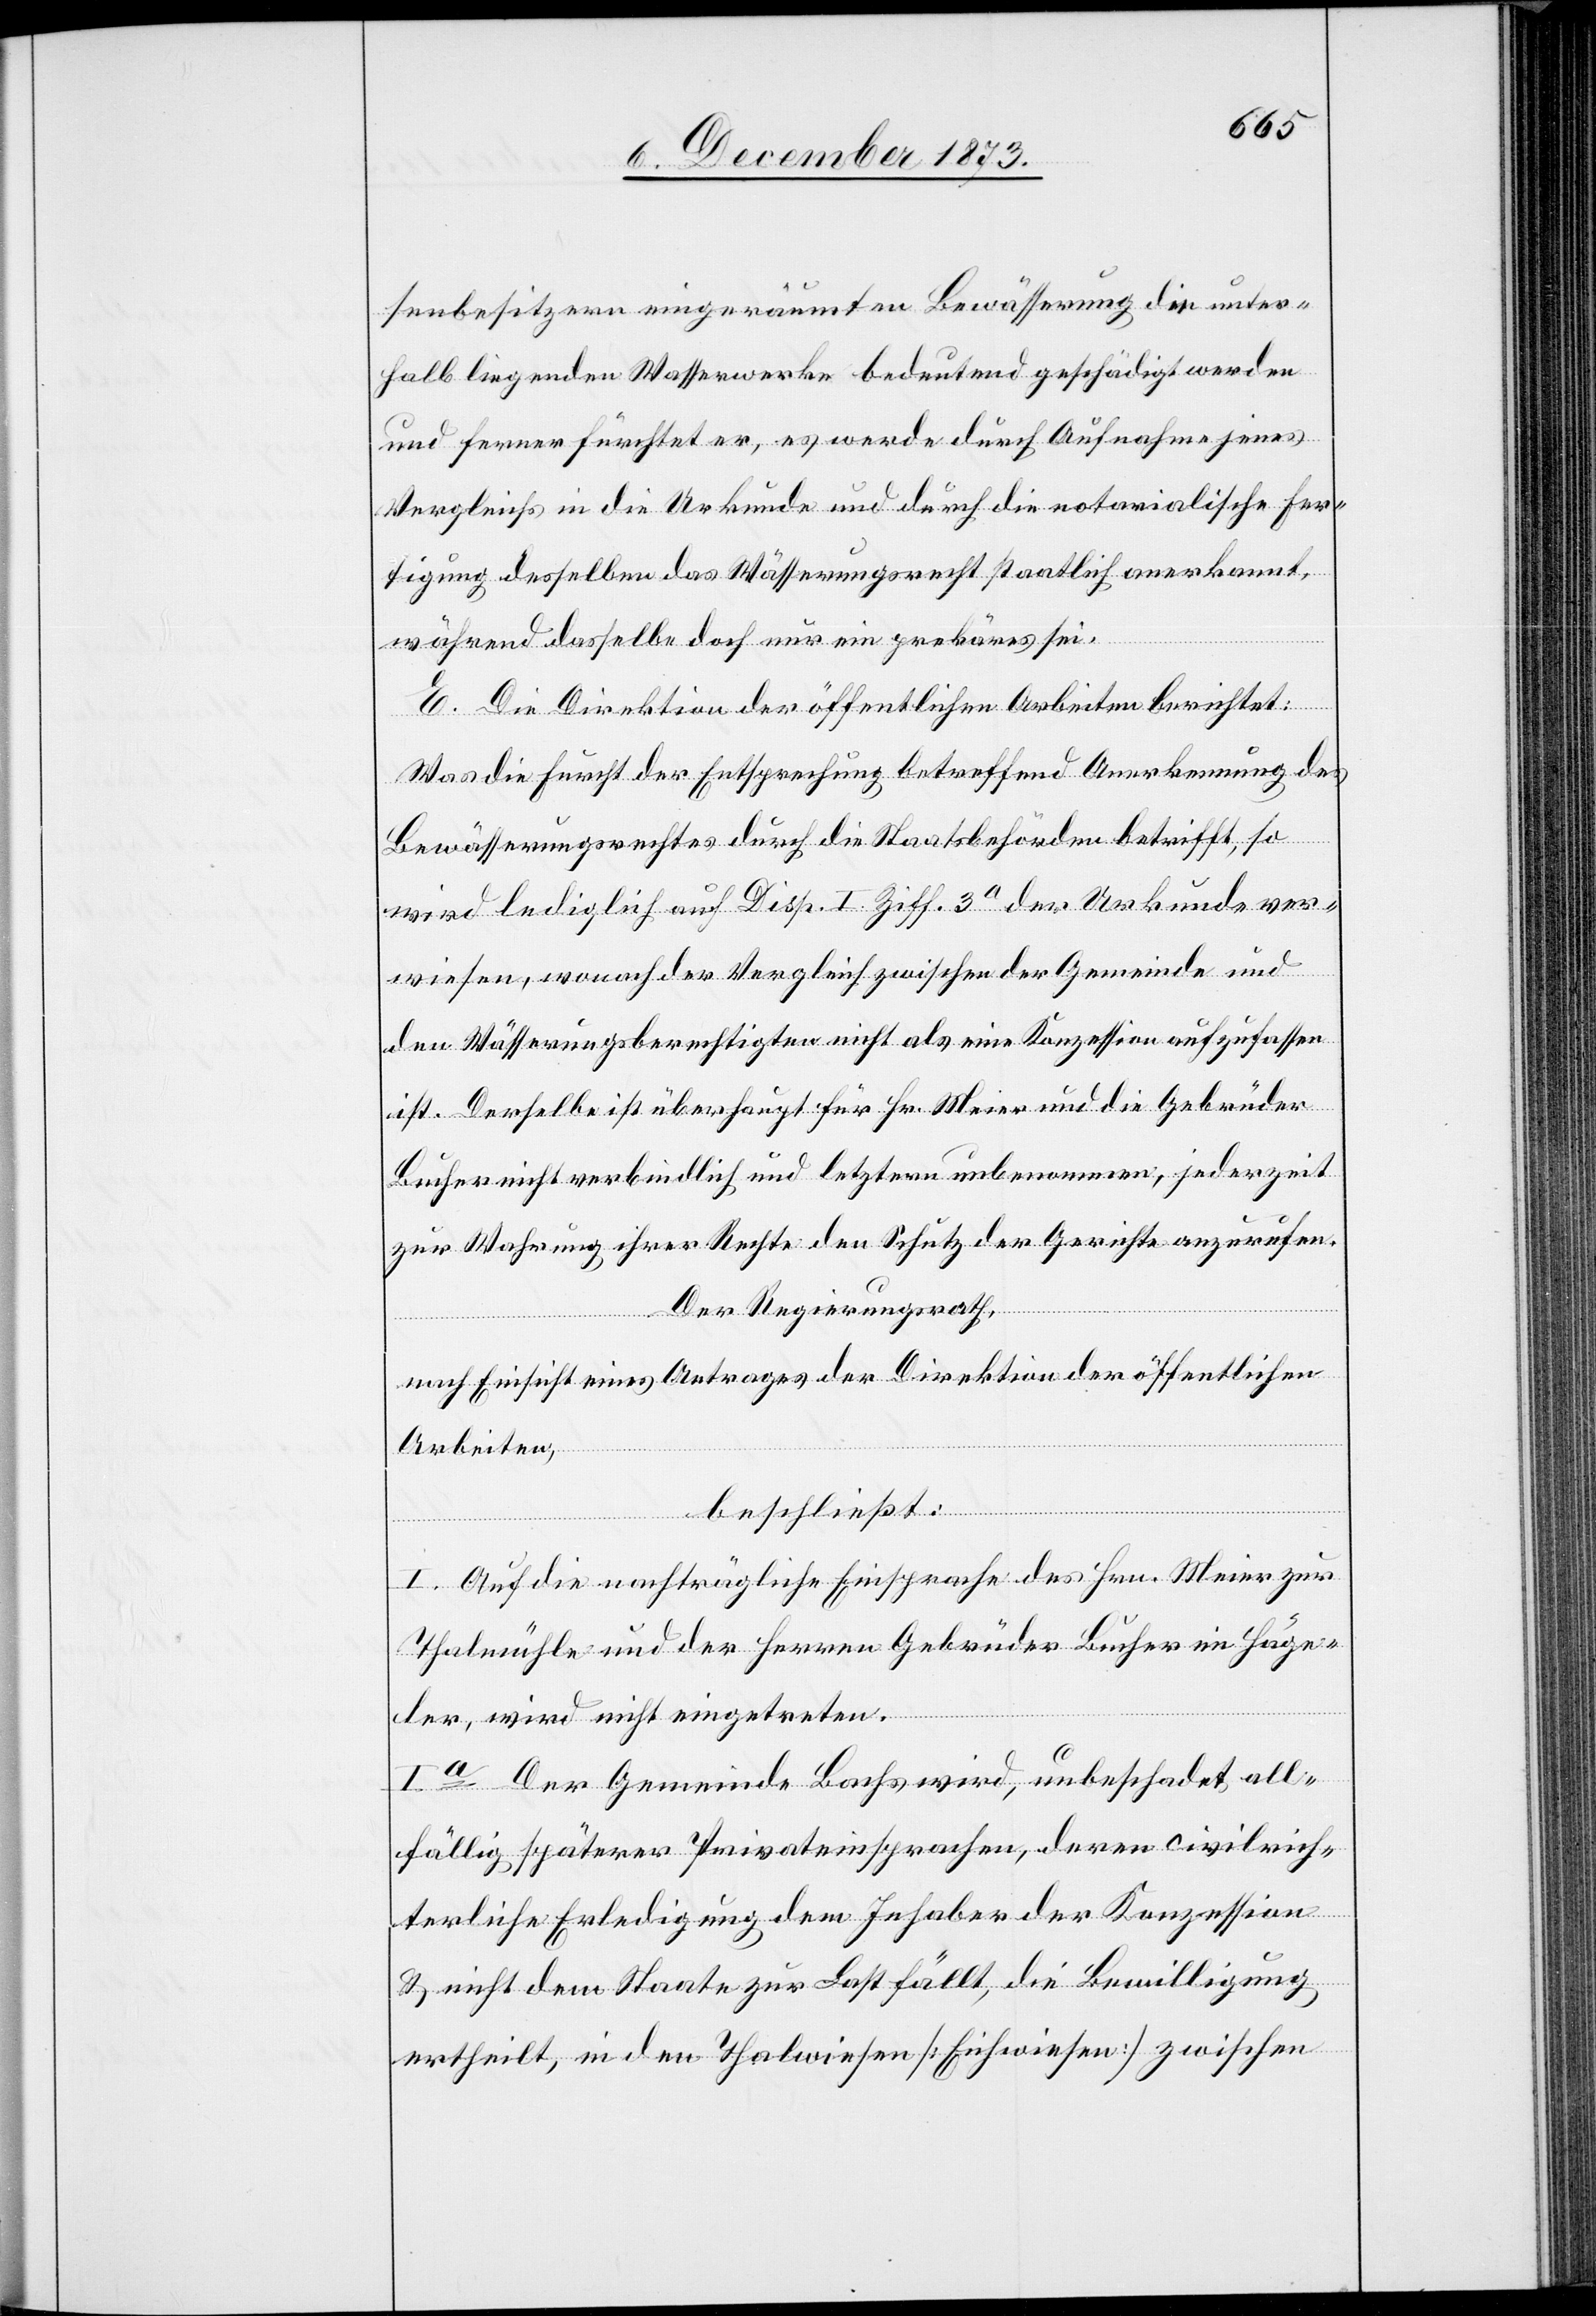
senbesitzern eingeräumten [sic!] Bewässerung die unter¬
halb liegenden Wasserwerke bedeutend geschädigt werden
und ferner fürchtet er, es werde durch Aufnahme jenes
Vergleichs in die Urkunde und durch die notarialische Fer¬
tigung desselben das Wässerungsrecht staatlich anerkannt,
während dasselbe doch nur ein prekäres sei.
E. Die Direktion der öffentlichen Arbeiten berichtet:
Was die Furcht der Entsprechung betreffend Anerkennung des
Bewässerungsrechtes durch die Staatsbehörden betrifft, so
wird lediglich auf Disp. I. Ziff. 3a der Urkunde ver¬
wiesen, wonach der Vergleich zwischen der Gemeinde und
den Wässerungsberechtigten nicht als eine Konzession aufzufassen
ist. Derselbe ist überhaupt für Hr. Meier und die Gebrüder
Bucher nicht verbindlich und letztern unbenommen, jederzeit
zur Wahrung ihrer Rechte den Schutz der Gerichte anzurufen.
Der Regierungsrath,
nach Einsicht eines Antrages der Direktion der öffentlichen
Arbeiten,
beschließt:
I. Auf die nachträgliche Einsprache des Hrn. Meier zur
Thalmühle und der Herren Gebrüder Bucher im Häge¬
ler, wird nicht eingetreten.
Ia Der Gemeinde Bachs wird, unbeschadet all¬
fällig späterer Privateinsprachen, deren civilrich¬
terliche Erledigung dem Inhaber der Konzession
& nicht dem Staate zur Last fällt, die Bewilligung
ertheilt, in den Thalwiesen [Eichwiesen] zwischen